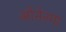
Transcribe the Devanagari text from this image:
ओनेल्या